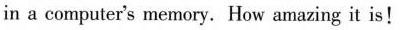
in a computer's memory. How amazing it is!